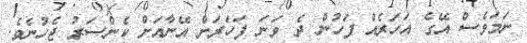
ނަމަވެސް އޭގެ އަހަރެއް ފަހުން ދެ ވަނަ ފަހަރަށް އޭނާއަށް ކެންސަރު ޖެހުނެވެ.